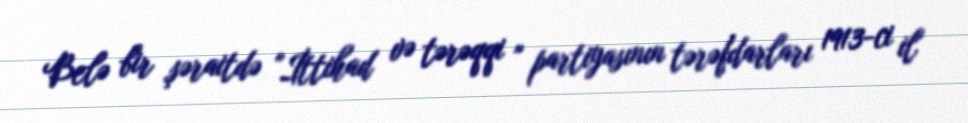
Belə bir şəraitdə "İttihad və tərəqqi " partiyasının tərəfdarları 1913-ci il